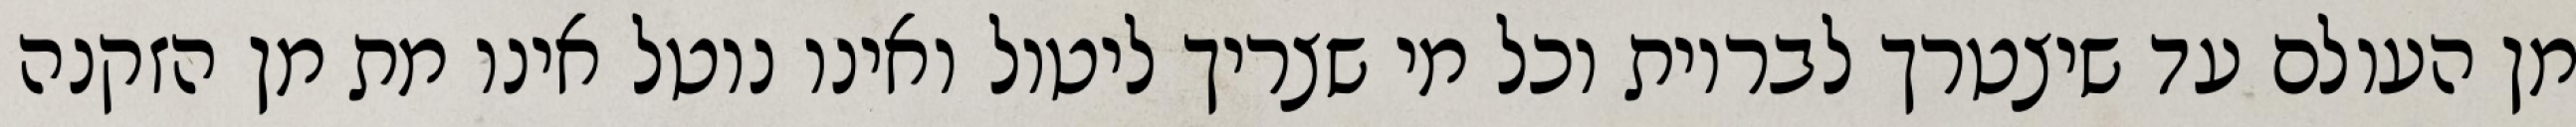
מן העולם עד שיצטרך לבריות וכל מי שצריך ליטול ואינו נוטל אינו מת מן הזקנה